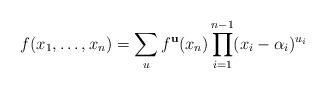
LaTeX: \begin{align*}f(x_1, \ldots, x_n) = \sum_{u} f^{\mathbf u} (x_n) \prod _{i=1}^{n-1} (x_i-\alpha_i)^{ u_i} \end{align*}